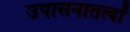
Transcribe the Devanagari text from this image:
उपासनातत्वों